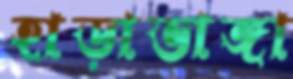
হাড়াভাঙ্গা